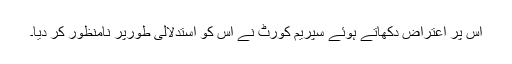
اس پر اعتراض دِکھاتے ہوئے سپریم کورٹ نے اِس کو استدلالی طورپر نامنظور کر دیا۔